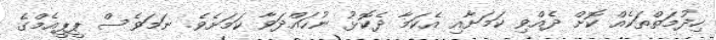
ހިދުމަތްތަކެއް ކޮށް ދެއްވި ކަމަށާއި އެކަމާ ދެކޮޅު ނުހައްދަވާ ކަމަށެވެ. ނަމަވެސް ޕީޕީއެމްގެ